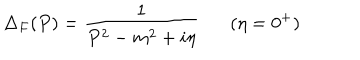
\Delta _ { F } ( P ) = \frac { 1 } { P ^ { 2 } - m ^ { 2 } + i \eta } ( \eta = 0 ^ { + } )